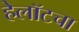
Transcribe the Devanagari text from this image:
हेलॉटचा